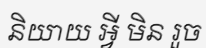
និយាយ អ្វី មិន រួច